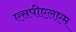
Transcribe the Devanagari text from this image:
एसपीएलएम